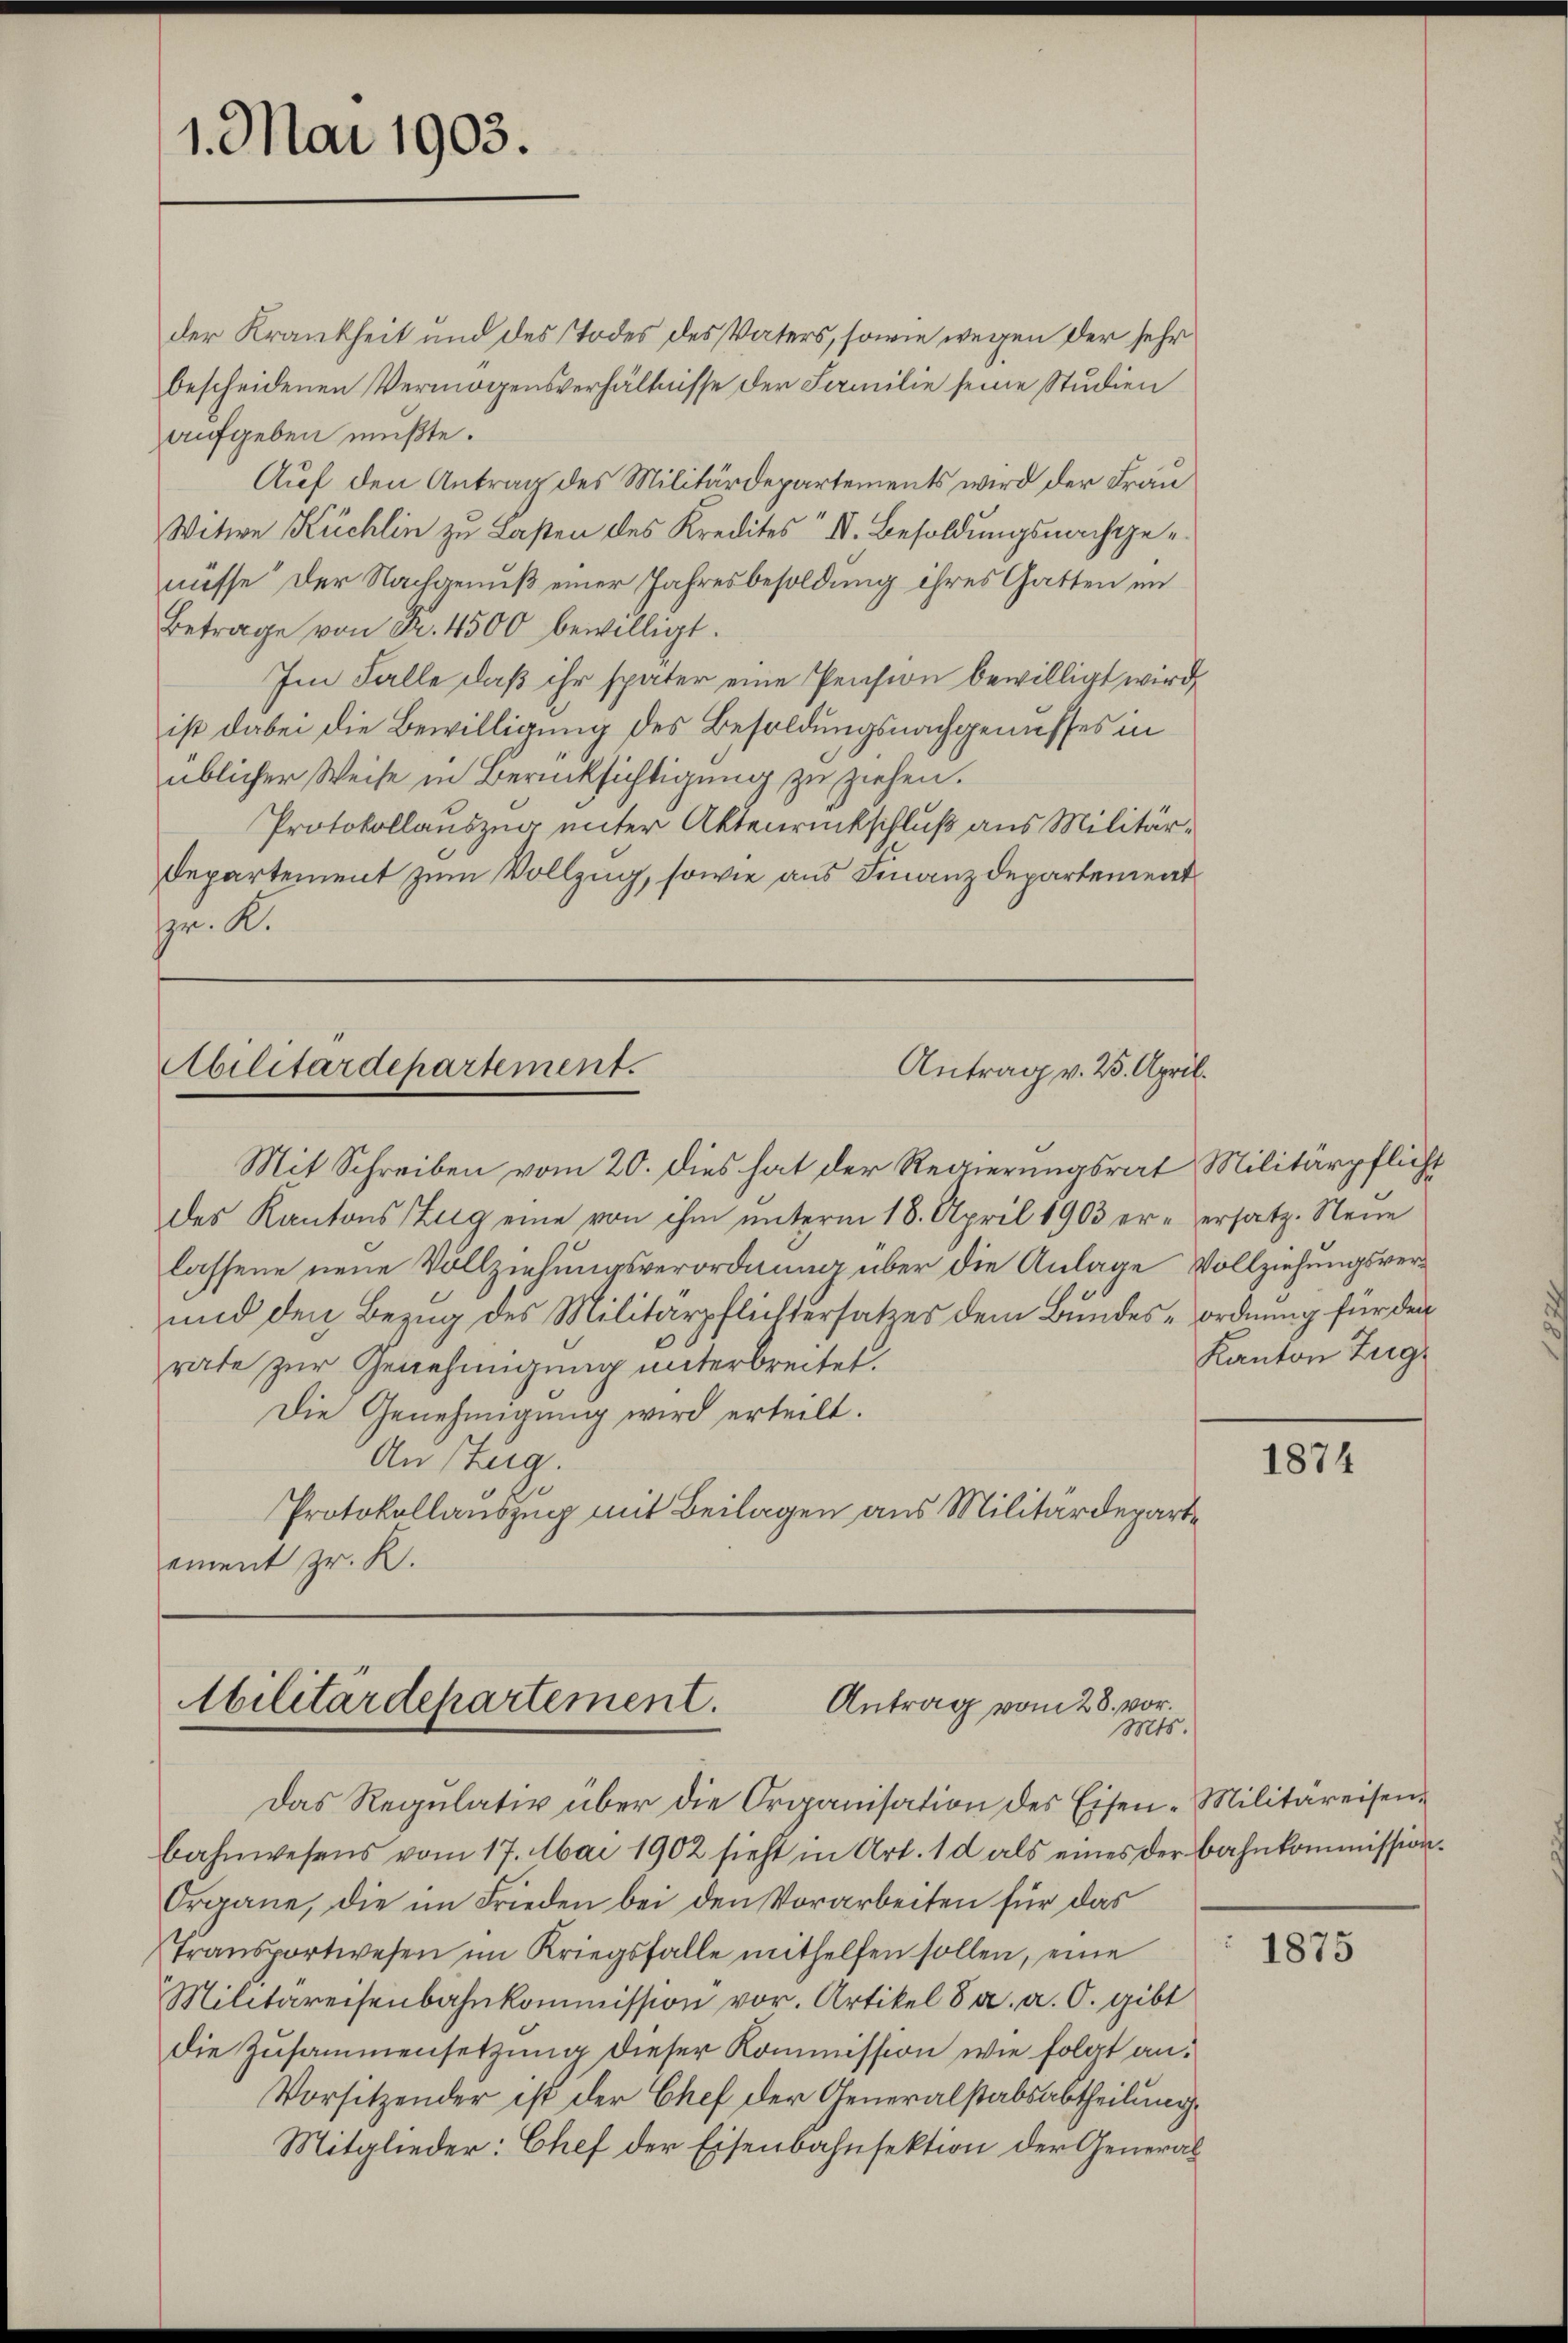
1. Mai 1903.

aufgeben müßte.
Betrage von Fr. 4500 bewilligt.
Im Falle, daß ihr später eine Pension bewilligt wird,
ist dabei die Bewilligung des Besoldungsnachgenusses in
üblicher Weise in Berücksichtigung zu ziehen.
Protokollauszug unter Aktenrückschluß aus Militär¬
Departement zum Vollzug, sowie aus Finanzdepartement
pr. K.

der Krankheit und des Todes des Vaters, sowie wegen der sehr
bescheidenen Vermögensverhältnisse der Familie seine Studien
Auf den Antrag des Militärdepartements wird der Frau
Witwe Küchlin zu Lasten des Kredites I. Besoldungsnachgenüsse der Nachgenuß einer Jahresbesoldung ihres Gatten im

Abilitärdepartement.
Antrag v. 25. April.

Mit Schreiben vom 20. dies hat der Regierungsrat Militärpflicht
des Kantons Zug eine von ihm ŭnterm 18. April 1903 er- ersatz. Neue
lassene neue Vollziehungsverordnung über die Anlage Vollziehungsver¬
und den Bezug des Militärpflichtersatzes dem Bundes-Ordnung für den
rate zur Genehmigung unterbreitet.
Die Genehmigung wird erteilt.
An Steig.
Protokollauszug mit Beilagen aus Militärdeparte
ement zr. R.

Antrag vom 28. vor.
Militärdepartement.
Mts.

Das Regulativ über die Organisation des Eisen-Militäreisenbahnwesens vom 17. Mai 1902 sieht in Art. 1 d als eines der Bahnkommission¬
Organe, die im Frieden bei den Vorarbeiten für das
Transportwesen im Kriegsfalle mithelfen sollen, eine
Militareisenbahnkommission vor. Artikel 8 a. a. O. gibt
die Zusammensetzung dieser Kommission wie folgt an:
Vorsitzender ist der Chef der Generalstabsabtheilung,
Mitglieder: Chef der Eisenbahnsektion der General¬

Kanton Zugr

1874

1875